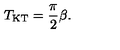
T _ { \mathrm { K T } } = \frac { \pi } { 2 } \beta .